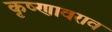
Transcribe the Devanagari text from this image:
कृष्णावराव